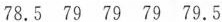
78.5 79 79 79 79.5